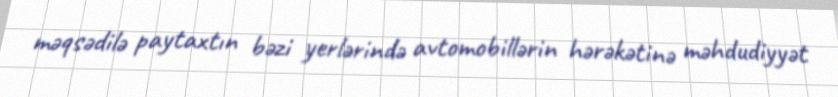
məqsədilə paytaxtın bəzi yerlərində avtomobillərin hərəkətinə məhdudiyyət